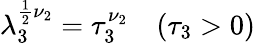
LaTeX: \lambda_{3}^{\frac 12\nu_{2}}=\tau_{3}^{\nu_{2}}\quad(\tau_{3}>0)